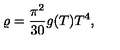
\varrho = \frac { \pi ^ { 2 } } { 3 0 } g ( T ) T ^ { 4 } ,